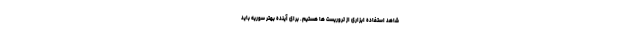
شاهد استفاده ابزاری از تروریست ها هستیم. برای آینده بهتر سوریه باید